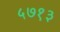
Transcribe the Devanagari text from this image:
५७१३